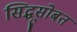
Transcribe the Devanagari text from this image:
सिद्धूसोबत